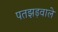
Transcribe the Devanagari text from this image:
पतझड़वाले